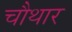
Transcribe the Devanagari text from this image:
चौथार